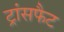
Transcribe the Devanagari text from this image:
ट्रांसफैट